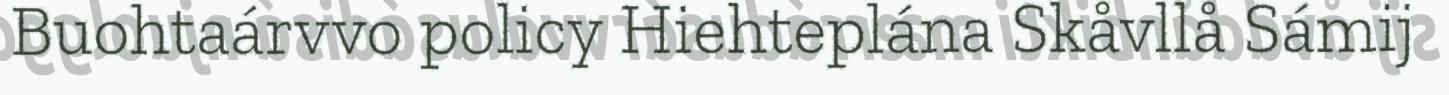
Buohtaárvvo policy Hiehteplána Skåvllå Sámij